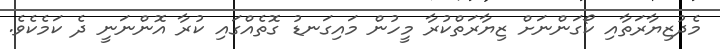
މެދުޒިޔާރަތާއި ކޯގަންނަށް ޒިޔާރަތްކުރާ މީހުން މައިގަނޑު ގޮތެއްގައި ކުރާ އޮންނަނީ ދެ ކަމެކެވެ.